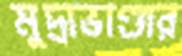
মুদ্রাভাণ্ডার